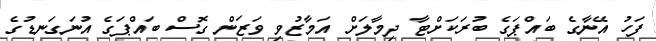
ފަހު އޭނާގެ ބައްޕަގެ ބުރަކަށްޓާ ދިމާލަށް އަމާޒުވި ވަޒަން ގޮސް ބައްޕަގެ އުނަގަނޑުގެ